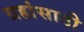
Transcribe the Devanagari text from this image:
ग्रहांसाठी